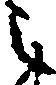
之